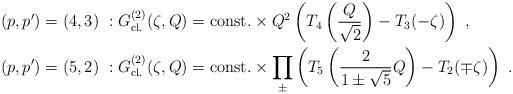
LaTeX: \begin{align*}(p,p')&=(4,3)\ :G^{(2)}_{\mathrm{cl.}}(\zeta,Q)=\mathrm{const.}\times Q^2\left(T_4\left(\frac{Q}{\sqrt{2}}\right)-T_3(-\zeta)\right)\ , \\(p,p')&=(5,2)\ :G^{(2)}_{\mathrm{cl.}}(\zeta,Q)=\mathrm{const.}\times \prod_{\pm}\left(T_5\left(\frac{2}{1\pm \sqrt{5}}Q\right)-T_2(\mp\zeta)\right)\ .\end{align*}